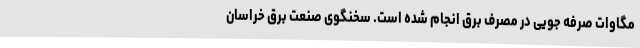
مگاوات صرفه جویی در مصرف برق انجام شده است. سخنگوی صنعت برق خراسان